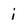
Character: i